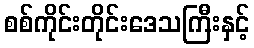
စစ်ကိုင်းတိုင်းဒေသကြီးနှင့်